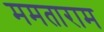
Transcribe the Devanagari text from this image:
ममताराम